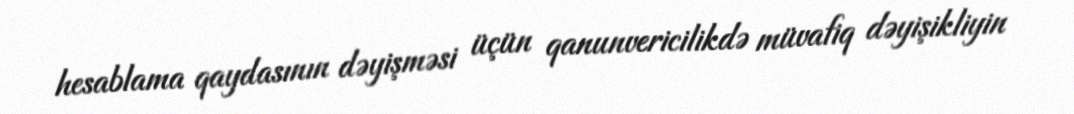
hesablama qaydasının dəyişməsi üçün qanunvericilikdə müvafiq dəyişikliyin